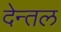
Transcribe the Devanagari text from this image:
देन्तल